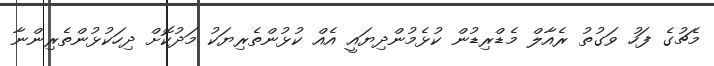
މެޗުގެ ފަހު ވަގުތު ރެއާލް މެޑްރިޑުން ކުޅެމުންދިޔައީ އެއް ކުޅުންތެރިޔަކު މަދުކޮށް ދިހަކުޅުންތެރިންނާ